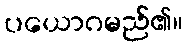
ပယောဂမည်၏။